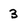
Character: 3